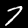
Digit: 7